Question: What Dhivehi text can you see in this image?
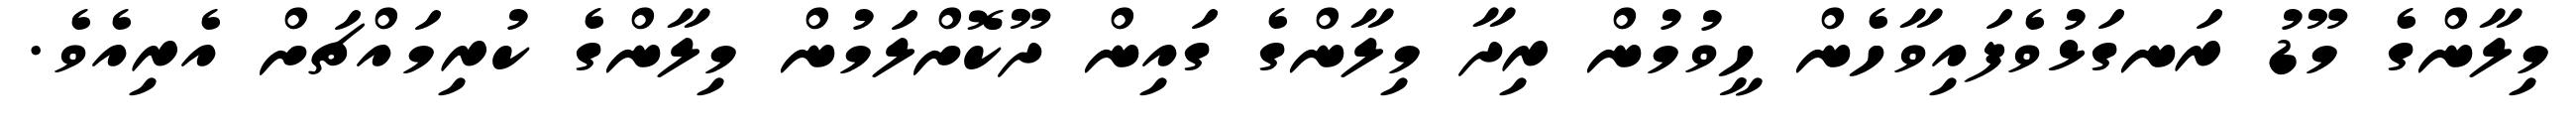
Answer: މިލާންގެ މޫޑު ރަނގަޅުވެފައިވާހެން ހީވުމުން ރިދާ މިލާންގެ ގައިން ދޫކޮށްލަމުން މިލާންގެ ކުރިމައްޗަށް އެރިއެވެ.